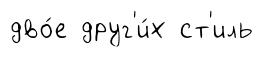
дво́е друг'и́х ст'иль